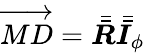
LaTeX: \overrightarrow{MD}=\bar{\bar{\boldsymbol{R}}}\bar{\bar{\boldsymbol{I}}}_{\phi}